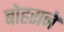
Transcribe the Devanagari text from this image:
बोहराने